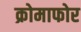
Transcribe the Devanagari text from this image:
क्रोमाफोर